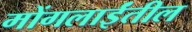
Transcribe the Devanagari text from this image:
मोंगलाईंतील